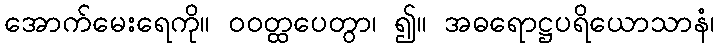
အောက်မေးရေကို။ ဝဝတ္ထပေတွာ၊ ၍။ အဓရောဋ္ဌပရိယောသာနံ၊